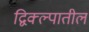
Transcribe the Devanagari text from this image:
द्विक्ल्पातील